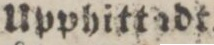
Upphitt???dt.